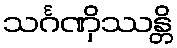
သင်္ဂဏှိဿန္တိ